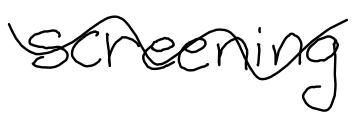
Text: screening
Cross-out: wave
Writing tool: digital_black